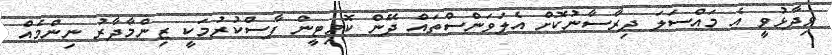
ވިދާޅުވީ އެ މައްސަލަ ދިރާސާނުކޮށް އެލަވަންސްތައް ދޭން ކޮމިޓީން ފާސްކުރުމަކީ ޒިންމާދާރު ނިންމެއް